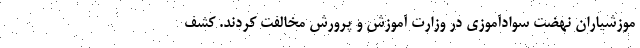
موزشیاران نهضت سوادآموزی در وزارت آموزش و پرورش مخالفت کردند. کشف